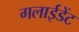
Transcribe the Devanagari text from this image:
गलाईडेंट